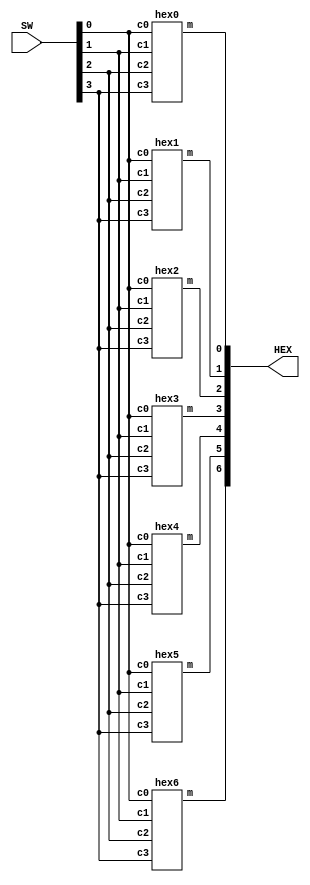
module seven_segment_decoder(HEX, SW);
    input [3:0] SW;
    output [6:0] HEX;
	
	hex0 s0(
		.c0(SW[0]),
		.c1(SW[1]),
		.c2(SW[2]),
		.c3(SW[3]),
		.m(HEX[0])
		);	
	hex1 s1(
		.c0(SW[0]),
		.c1(SW[1]),
		.c2(SW[2]),
		.c3(SW[3]),
		.m(HEX[1])
		);	
	hex2 s2(
		.c0(SW[0]),
		.c1(SW[1]),
		.c2(SW[2]),
		.c3(SW[3]),
		.m(HEX[2])
		);	
	hex3 s3(
		.c0(SW[0]),
		.c1(SW[1]),
		.c2(SW[2]),
		.c3(SW[3]),
		.m(HEX[3])
		);
	hex4 s4(
		.c0(SW[0]),
		.c1(SW[1]),
		.c2(SW[2]),
		.c3(SW[3]),
		.m(HEX[4])
		);	
	hex5 s5(
		.c0(SW[0]),
		.c1(SW[1]),
		.c2(SW[2]),
		.c3(SW[3]),
		.m(HEX[5])
		);
	hex6 s6(
		.c0(SW[0]),
		.c1(SW[1]),
		.c2(SW[2]),
		.c3(SW[3]),
		.m(HEX[6])
		);	
endmodule

module hex0(c0, c1, c2, c3, m);
    input c0;
    input c1;
    input c2;
	input c3;
    output m;
	
	assign m = (~c3 & ~c2 & ~c1 & c0) | (~c3 & c2 & ~c1 & ~c0) | (c3 & c2 & ~c1 & c0) | (c3 & ~c2 & c1 & c0);

endmodule


module hex1(c0, c1, c2, c3, m);
    input c0;
    input c1;
    input c2;
	input c3;
    output m;
	
	assign m = (c3 & c2 & c1) | (c3 & c2 & ~c1 & ~c0) | (~c3 & c2 & ~c1 & c0) | (c3 & ~c2 & c1 & c0) | (~c3 & c2 & c1 & ~c0);

endmodule

module hex2(c0, c1, c2, c3, m);
    input c0;
    input c1;
    input c2;
	input c3;
    output m;
	
	assign m = (c3 & c2 & c1) | (c3 & c2 & ~c1 & ~c0) | (~c3 & ~c2 & c1 & ~c0);

endmodule

module hex3(c0, c1, c2, c3, m);
    input c0;
    input c1;
    input c2;
	input c3;
    output m;
	
	assign m = (~c2 & ~c1 & c0) | (c2 & c1 & c0) | (~c3 & c2 & ~c1 & ~c0) | (c3 & ~c2 & c1 & ~c0);

endmodule

module hex4(c0, c1, c2, c3, m);
    input c0;
    input c1;
    input c2;
	input c3;
    output m;
	
	assign m = (~c3 & c0) | (~c3 & c2 & ~c1 & ~c0) | (c3 & ~c2 & ~c1 & c0);

endmodule

module hex5(c0, c1, c2, c3, m);
    input c0;
    input c1;
    input c2;
	input c3;
    output m;
	
	assign m = (~c3 & c1 & c0) | (~c3 & ~c2 & ~c1 & c0) | (c3 & c2 & ~c1 & c0) | (~c3 & ~c2 & c1 & ~c0);

endmodule

module hex6(c0, c1, c2, c3, m);
    input c0;
    input c1;
    input c2;
	input c3;
    output m;
	
	assign m = (~c3 & ~c2 & ~c1) | (c3 & c2 & ~c1 & ~c0) | (~c3 & c2 & c1 & c0);

endmodule